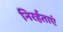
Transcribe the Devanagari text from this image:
निरर्हताएं